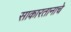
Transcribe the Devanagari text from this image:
साकारतानाचे